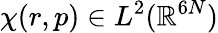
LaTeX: \chi(r,p)\in L^{2}(\mathbb{R}^{6N})